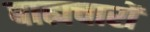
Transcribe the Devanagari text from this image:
बाह्यचारों